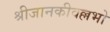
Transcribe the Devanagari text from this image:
श्रीजानकीवल्लभो